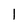
Character: 1